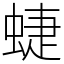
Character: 蜨